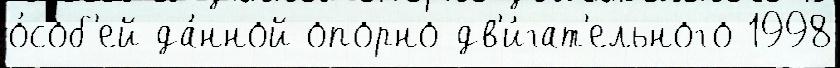
о́соб'ей да́нной опорно-дв'и́гат'ельного 1998